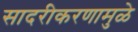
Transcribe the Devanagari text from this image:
सादरीकरणामुळे